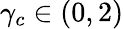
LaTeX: \gamma_{c}\in(0,2)